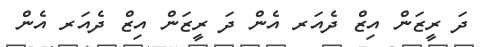
ދަ ރީޒަން އިޒް ދެއަރ އެން ދަ ރީޒަން އިޒް ދެއަރ އެން